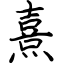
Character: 熹